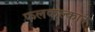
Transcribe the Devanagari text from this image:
फलकल्काने